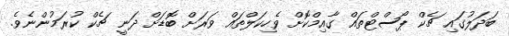
ބަދަލުގައި ޗެކް ޕޯސްޓްތައް ގާއިމްކޮށް ވެހިކަލްތައް ވަރަށް ބޮޑަށް ދަނީ ޗެކް ކުރަމުންނެވެ.